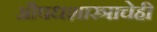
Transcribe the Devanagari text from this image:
औषधशास्त्राचेही